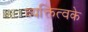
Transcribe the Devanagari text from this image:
व्यक्तित्वके